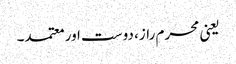
یعنی محرم راز، دوست اور معتمد۔